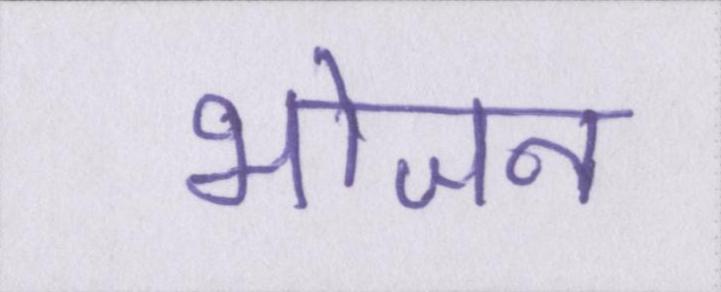
भोजनं